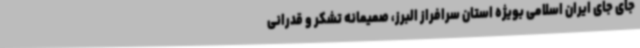
جای جای ایران اسلامی بویژه استان سرافراز البرز، صمیمانه تشکر و قدرانی